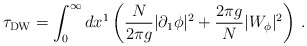
\begin{align*}\tau_{\rm DW} = \int_0^\infty dx^1\,\biggl(\frac{N}{2\pi g} |\partial_1 \phi|^2 + \frac{2\pi g}{N} |W_\phi|^2\biggr)\ .\end{align*}